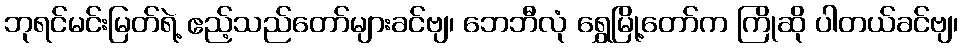
ဘုရင်မင်းမြတ်ရဲ့ ဧည့်သည်တော်များခင်ဗျ၊ ဘေဘီလုံ ရွှေမြို့တော်က ကြိုဆို ပါတယ်ခင်ဗျ၊